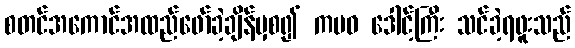
စတင်အကောင်အထည်ဖော်ခဲ့ချိန်မှစ၍ ကမဝ ဒေါင့်ကြီး သင်ခဲ့ရဖူးသည်